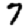
Digit: 7